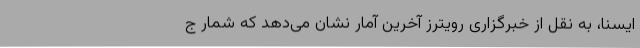
ایسنا، به نقل از خبرگزاری رویترز آخرین آمار نشان می‌دهد که شمار ج